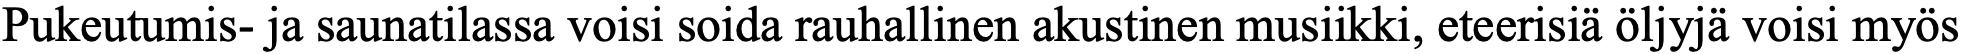
Pukeutumis- ja saunatilassa voisi soida rauhallinen akustinen musiikki, eteerisiä öljyjä voisi myös